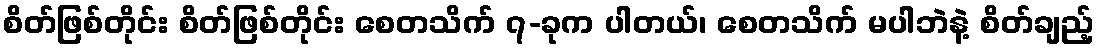
စိတ်ဖြစ်တိုင်း စိတ်ဖြစ်တိုင်း စေတသိက် ၇-ခုက ပါတယ်၊ စေတသိက် မပါဘဲနဲ့ စိတ်ချည့်